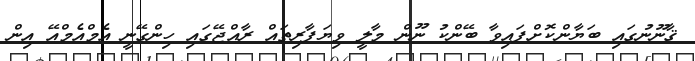
ޤާނޫނުގައި ބަޔާންކޮށްފައިވާ ބޭންކު ނޫން މާލީ ވިޔަފާރިތައް ރާއްޖޭގައި ހިންގޭނީ އެމްއެމްއޭ އިން